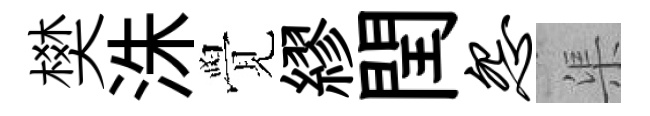
樊洙覺繆閏怨渠